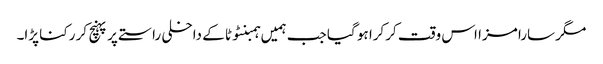
مگر سارا مزا اس وقت کرکرا ہو گیا جب ہمیں ہمبنٹوٹا کے داخلی راستے پر پہنچ کر رکنا پڑا۔